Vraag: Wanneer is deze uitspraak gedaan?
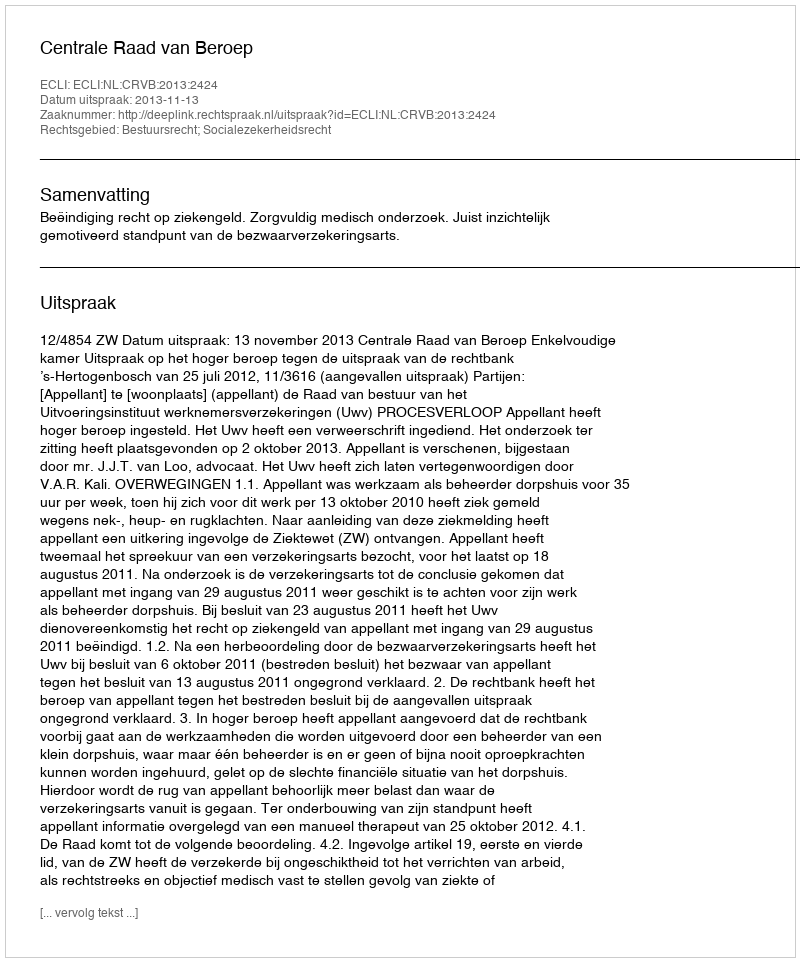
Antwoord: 2013-11-13